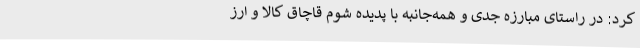
کرد: در راستای مبارزه جدی و همه‌جانبه با پدیده شوم قاچاق کالا و ارز